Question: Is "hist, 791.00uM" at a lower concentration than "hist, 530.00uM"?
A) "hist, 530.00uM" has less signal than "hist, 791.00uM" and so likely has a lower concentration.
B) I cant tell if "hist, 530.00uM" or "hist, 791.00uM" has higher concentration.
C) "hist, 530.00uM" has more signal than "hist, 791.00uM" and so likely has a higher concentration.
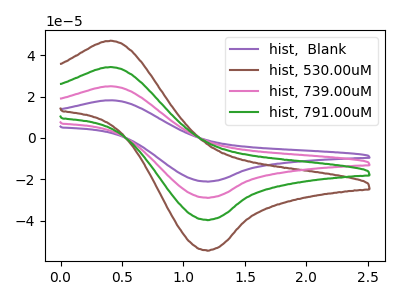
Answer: <think>The purple curve "hist,  Blank" has an anodic peak at (0.40V, 102.85uA) and a cathodic peak at (1.20V, -118.85uA). The brown curve "hist, 530.00uM" has an anodic peak at (0.40V, 47.00uA) and a cathodic peak at (1.20V, -54.35uA). The pink curve "hist, 739.00uM" has an anodic peak at (0.40V, 68.55uA) and a cathodic peak at (1.20V, -79.25uA). The green curve "hist, 791.00uM" has an anodic peak at (0.40V, 34.30uA) and a cathodic peak at (1.20V, -39.60uA).
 All the peaks in "hist, 530.00uM" have a peak in "hist, 791.00uM" at the same potential. Every peak in "hist, 530.00uM" is higher than every peak in "hist, 791.00uM".</think>
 <answer>C) "hist, 530.00uM" has more signal than "hist, 791.00uM" and so likely has a higher concentration.</answer>
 <eval>C</eval>